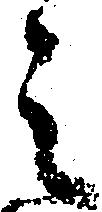
之